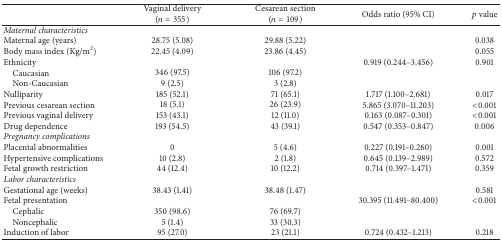
|  | Vaginal delivery (n = 355) | Cesarean section (n = 109) | Odds ratio (95% CI) | p value |
 | --- | --- | --- | --- | --- |
 | Maternal characteristics |  |  |  |  |
 | Maternal age (years) | 28.75 (5.08) | 29.88 (5.22) |  | 0.038 |
 | Body mass index (Kg/m2) | 22.45 (4.09) | 23.86 (4.45) |  | 0.055 |
 | Ethnicity |  |  | 0.919 (0.244–3.456) | 0.901 |
 | Caucasian | 346 (97.5) | 106 (97.2) |  |  |
 | Non-Caucasian | 9 (2.5) | 3 (2.8) |  |  |
 | Nulliparity | 185 (52.1) | 71 (65.1) | 1.717 (1.100–2.681) | 0.017 |
 | Previous cesarean section | 18 (5.1) | 26 (23.9) | 5.865 (3.070–11.203) | <0.001 |
 | Previous vaginal delivery | 153 (43.1) | 12 (11.0) | 0.163 (0.087–0.301) | <0.001 |
 | Drug dependence | 193 (54.5) | 43 (39.1) | 0.547 (0.353–0.847) | 0.006 |
 | Pregnancy complications |  |  |  |  |
 | Placental abnormalities | 0 | 5 (4.6) | 0.227 (0.191–0.260) | 0.001 |
 | Hypertensive complications | 10 (2.8) | 2 (1.8) | 0.645 (0.139–2.989) | 0.572 |
 | Fetal growth restriction | 44 (12.4) | 10 (12.2) | 0.714 (0.397–1.471) | 0.359 |
 | Labor characteristics |  |  |  |  |
 | Gestational age (weeks) | 38.43 (1.41) | 38.48 (1.47) |  | 0.581 |
 | Fetal presentation |  |  | 30.395 (11.491–80.400) | <0.001 |
 | Cephalic | 350 (98.6) | 76 (69.7) |  |  |
 | Noncephalic | 5 (1.4) | 33 (30.3) |  |  |
 | Induction of labor | 95 (27.0) | 23 (21.1) | 0.724 (0.432–1.213) | 0.218 |